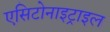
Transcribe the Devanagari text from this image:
एसिटोनाइट्राइल